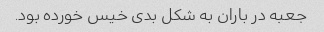
جعبه در باران به شکل بدی خیس خورده بود.